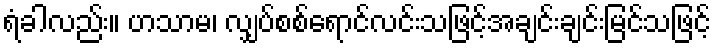
ရံခါလည်း။ ဟသာမ၊ လျှပ်စစ်ရောင်လင်းသဖြင့်အချင်းချင်းမြင်သဖြင့်